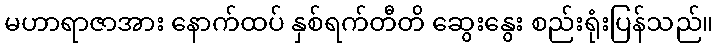
မဟာရာဇာအား နောက်ထပ် နှစ်ရက်တီတိ ဆွေးနွေး စည်းရုံးပြန်သည်။